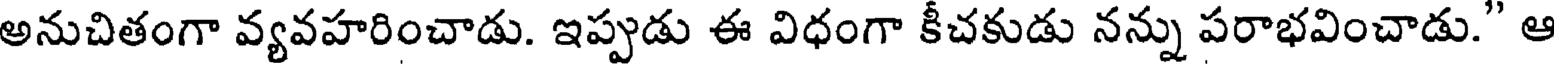
అనుచితంగా వ్యవహరించాడు. ఇప్పుడు ఈ విధంగా కీచకుడు నన్ను పరాభవించాడు." ఆ